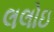
લલોઇ